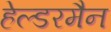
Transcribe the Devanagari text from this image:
हेल्डरमैन